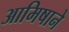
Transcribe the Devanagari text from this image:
आमिषाने